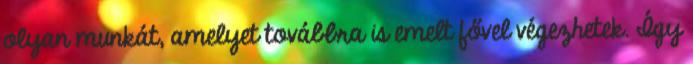
olyan munkát, amelyet továbbra is emelt fővel végezhetek. Így